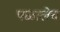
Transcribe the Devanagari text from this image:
पळालेच